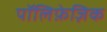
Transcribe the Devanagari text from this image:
पॉलिफ़ेज़िक